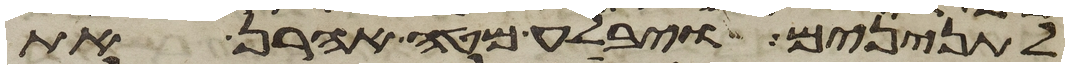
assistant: לתנינים ויבלע מטה אהרן את